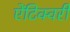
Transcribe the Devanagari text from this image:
ऐंटिक्वरी